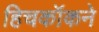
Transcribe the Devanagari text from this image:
हिचकॉकने